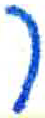
אות: ך